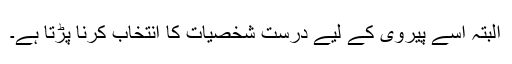
البتہ اسے پیروی کے لیے درست شخصیات کا انتخاب کرنا پڑتا ہے۔